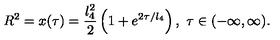
R ^ { 2 } = x ( \tau ) = \frac { l _ { 4 } ^ { 2 } } { 2 } \left( 1 + e ^ { 2 \tau / l _ { 4 } } \right) , \ \tau \in ( - \infty , \infty ) .